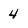
Character: 4